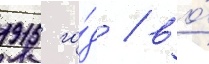
1915 го́д / во́